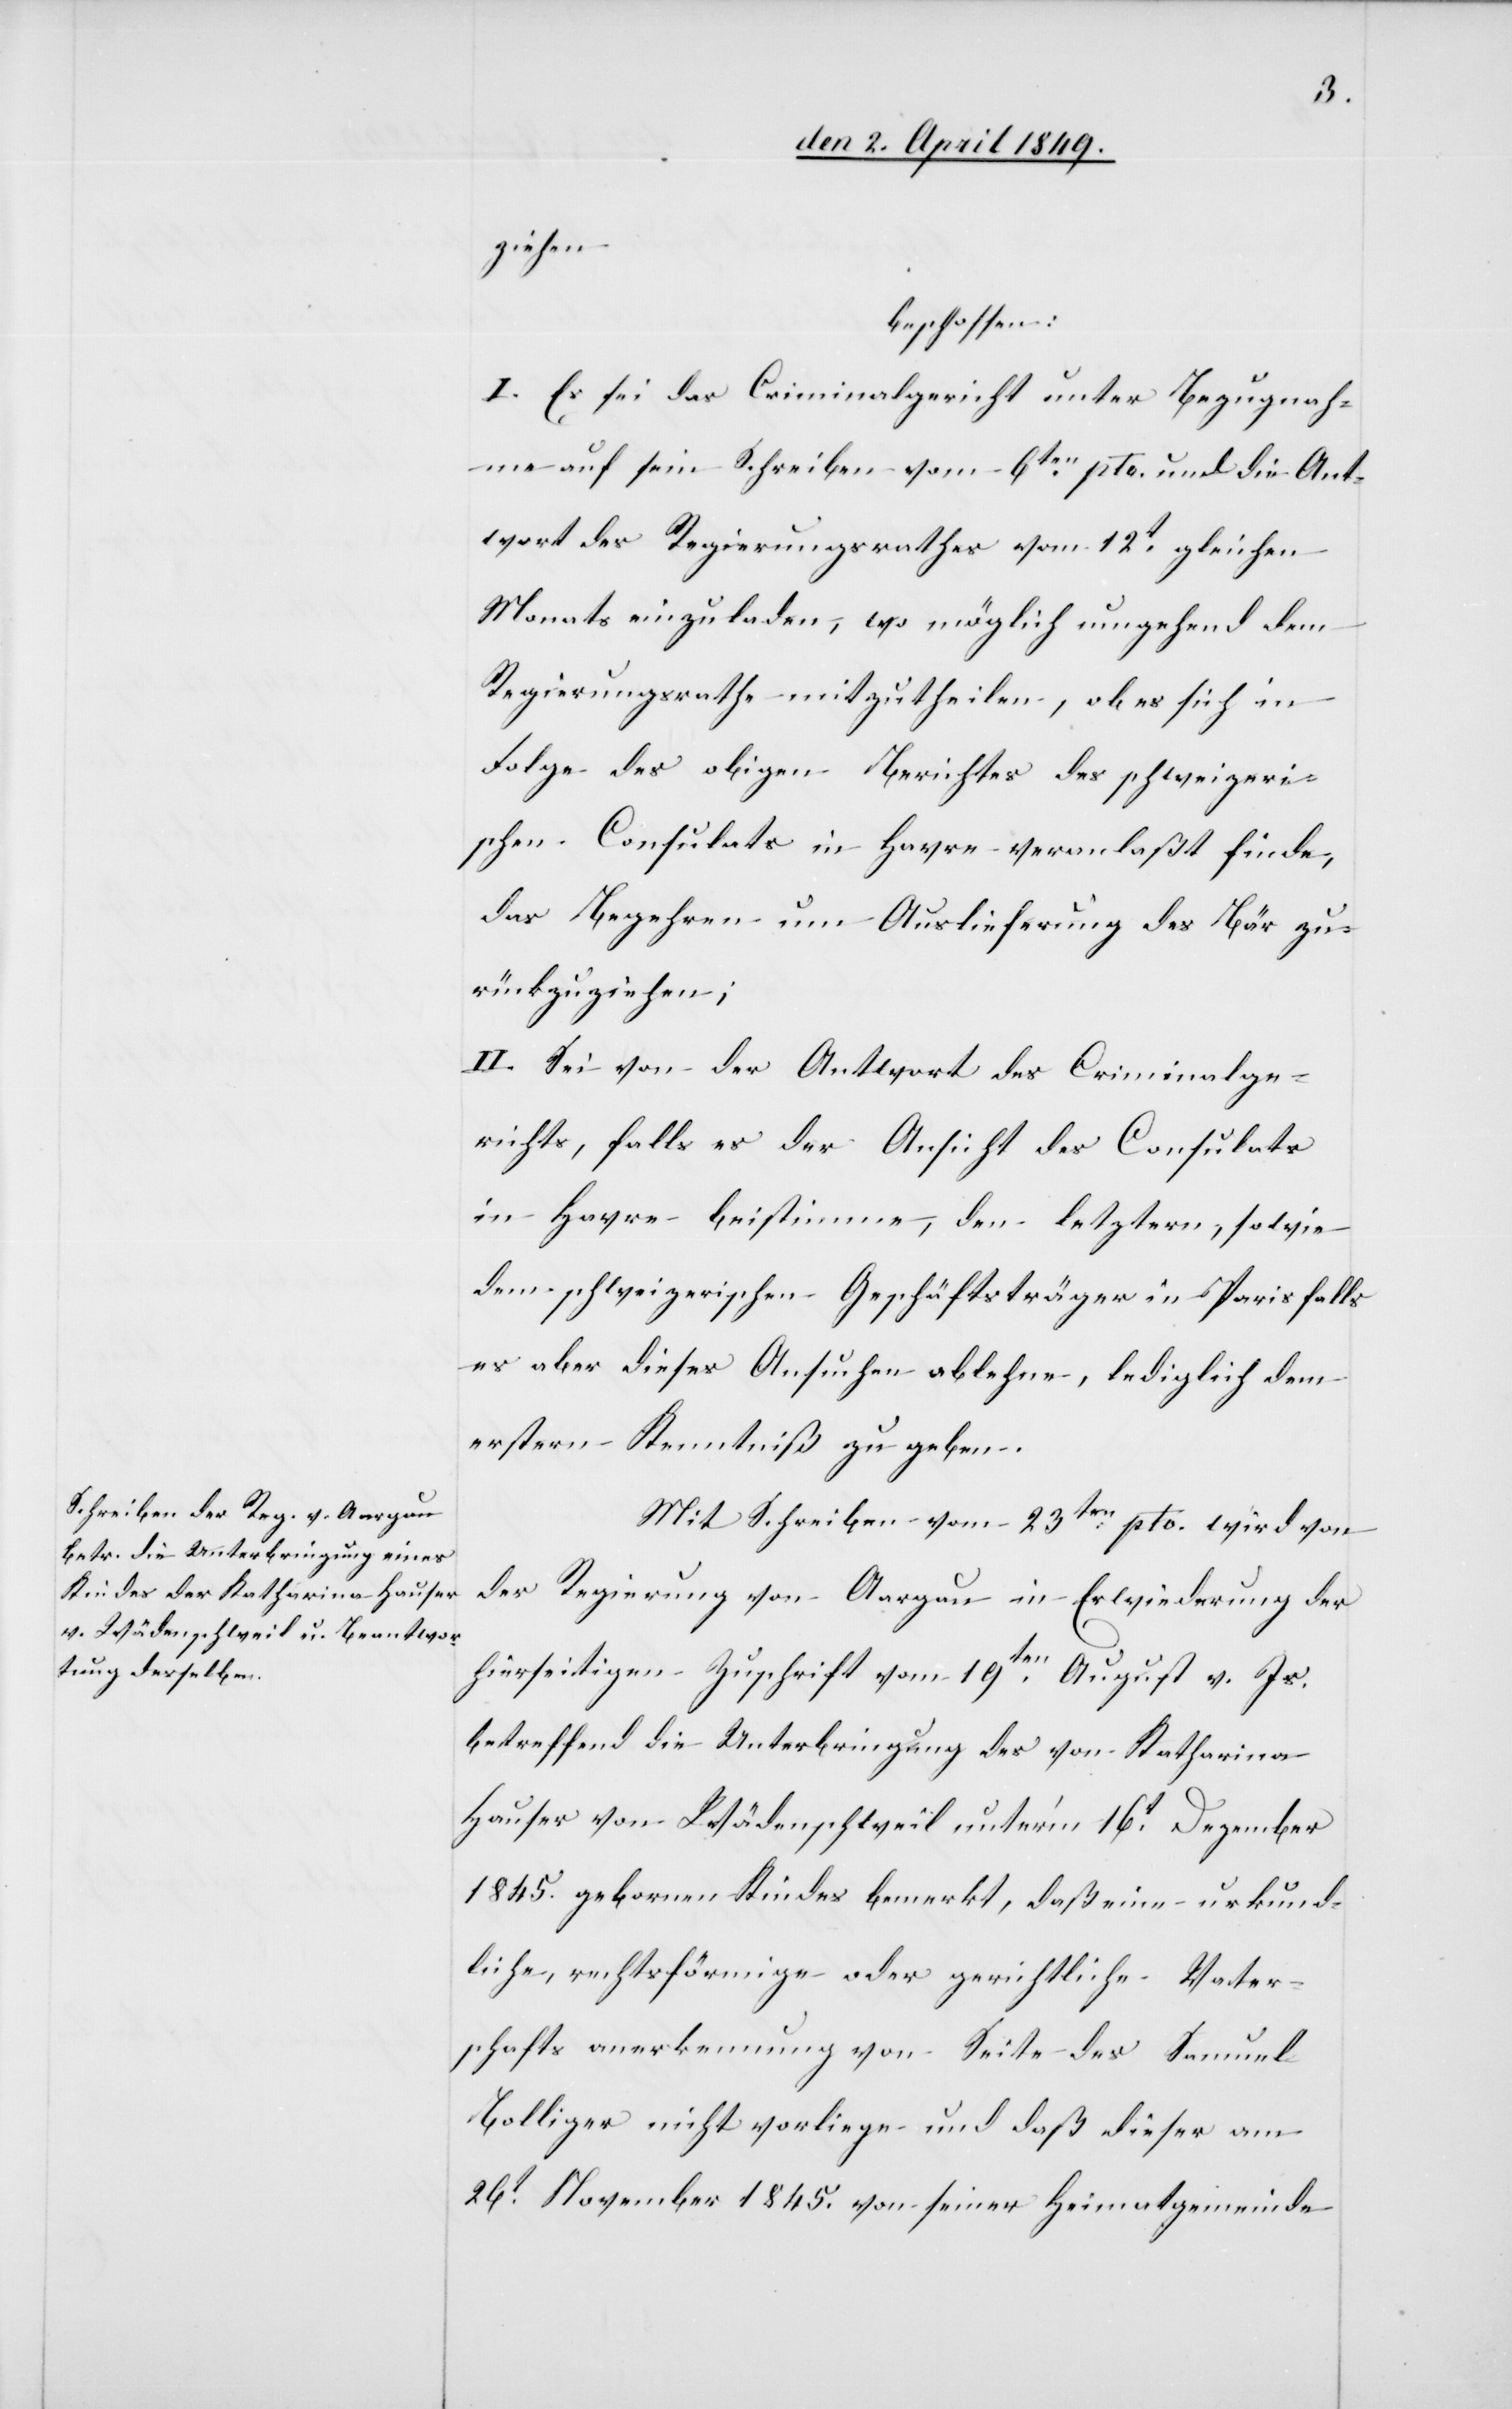
ziehen
beschlossen:
I. Es sei das Criminalgericht unter Bezugnah¬
me auf sein Schreiben vom 6ten pto. und die Ant¬
wort des Regierungsrathes vom 12t gleichen
Monats einzuladen, wo möglich umgehend dem
Regierungsrathe mitzutheilen, ob es sich in
Folge des obigen Berichtes des schweizeri¬
schen Consulats in Havre veranlaßt finde,
das Begehren um Auslieferung des Bär zu¬
rückzuziehen;
II. Sei von der Antwort des Criminalge¬
richts, falls es der Ansicht des Consulats
in Havre beistimme, den letztern, sowie
dem schweizerischen Geschäftsträger in Paris falls
es aber dieses Ansuchen ablehnen, lediglich dem
erstern Kenntniß zu geben.
Mit Schreiben vom 23ten pto. wird von
der Regierung von Aargau in Erwiederung der
hierseitigen Zuschrift vom 19ten August v. Js.
betreffend die Unterbringung des von Katharina
Hauser von Wädenschweil unterm 16t Dezember
1845. gebornen Kindes bemerkt, daß eine urkund¬
liche, rechtsförmige oder gerichtliche Vater¬
schaftsanerkennung von Seite des Samuel
Bolliger nicht vorliege und daß dieser am
26t November 1845. von seiner Heimatgemeinde